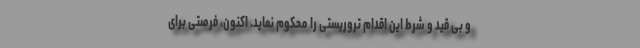
و بی قید و شرط این اقدام تروریستی را محکوم نماید. اکنون، فرصتی برای